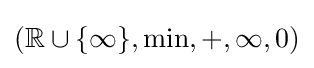
(\mathbb {R} \cup \{\infty \},\min ,+,\infty ,0)